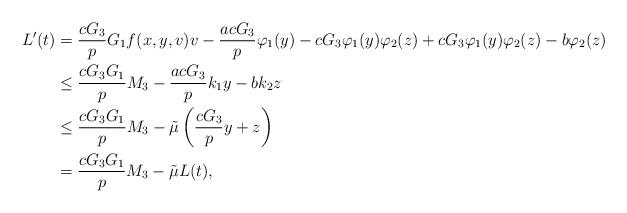
LaTeX: \begin{align*}L'(t)&=\frac{cG_{3}}{p}G_{1}f(x,y,v)v-\frac{acG_{3}}{p}\varphi_{1}(y)-cG_{3}\varphi_{1}(y)\varphi_{2}(z)+cG_{3}\varphi_{1}(y)\varphi_{2}(z)-b\varphi_{2}(z)\\&\leq \frac{cG_{3}G_{1}}{p}M_{3}-\frac{acG_{3}}{p}k_{1}y-bk_{2}z\\&\leq \frac{cG_{3}G_{1}}{p}M_{3}-\tilde{\mu}\left(\frac{cG_{3}}{p}y+z \right)\\&=\frac{cG_{3}G_{1}}{p}M_{3}-\tilde{\mu}L(t),\end{align*}